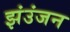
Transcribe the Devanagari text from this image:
झंउंजन